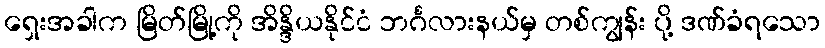
ရှေးအခါက မြိတ်မြို့ကို အိန္ဒိယနိုင်ငံ ဘင်္ဂလားနယ်မှ တစ်ကျွန်း ပို့ ဒဏ်ခံရသော